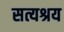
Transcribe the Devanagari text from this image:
सत्यश्रय